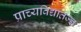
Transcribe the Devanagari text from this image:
प्राच्यविद्यातज्ज्ञ